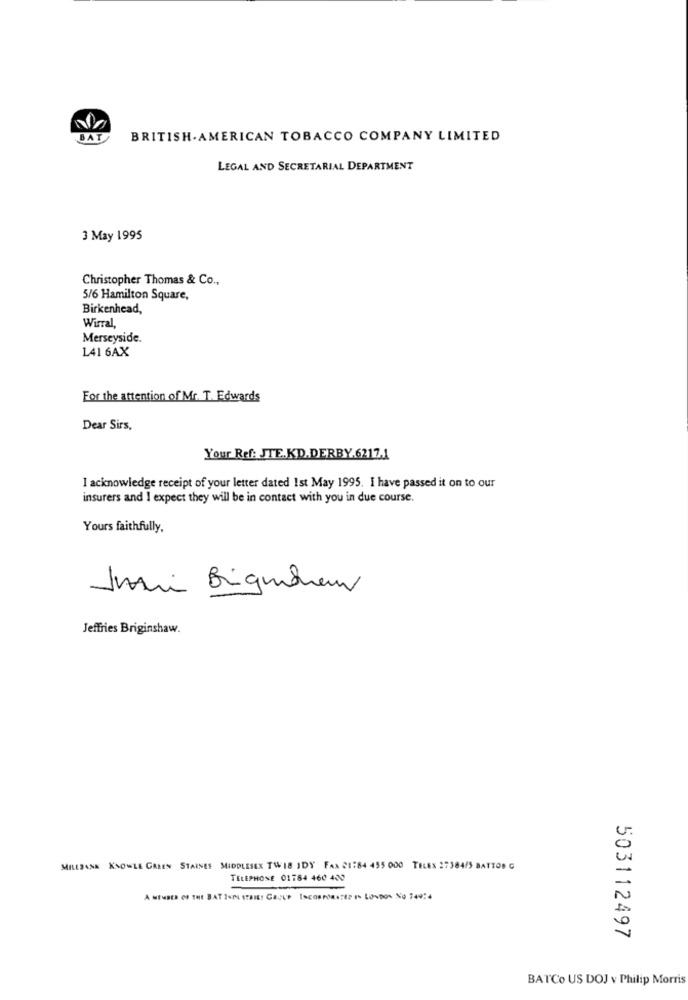
BAT
BRITISH AMERICAN TOBACCO COMPANY LIMITED
LEGAL AND SECRETARIAL DEPARTMENT
3 May 1995
Christopher Thomas & Co .,
5/6 Hamilton Square,
Birkenhead,
Wirral,
Merseyside.
141 6AX
For the attention of Mr. T. Edwards
Dear Sirs,
Your Ref: JTE.KD.DERBY.6217.1
I acknowledge receipt of your letter dated Ist May 1995. I have passed it on to our
insurers and I expect they will be in contact with you in due course.
Yours faithfully,
Juni Bignhan
Jeffries Briginshaw.
MILLDANK KNOWLE GALES STAINES MIDDLESEX TWIS IDY FAX 21:84 455 000 TELES 27384/5 BATTOD G
TELEPHONE 01784 460 400
503112497
BATCo US DOJ v Philip Morris